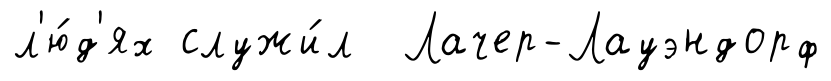
л'ю́д'ях служи́л Лачер-Лауэндорф